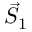
{ \vec { S } } _ { 1 }